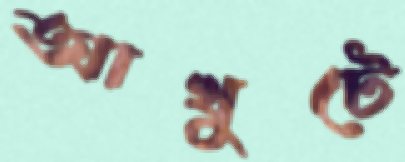
আখুটে